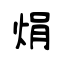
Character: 焆